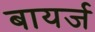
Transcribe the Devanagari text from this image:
बायर्ज